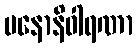
မနောနိဝါရဏာ